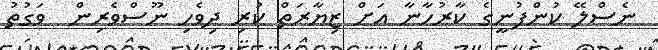
ނެސްލޭ ކުންފުނީގެ ކާރުހާނާ އަށް ޒިޔާރަތް ކުރި ދިވެހި ނޫސްވެރިން  ވަގުތު